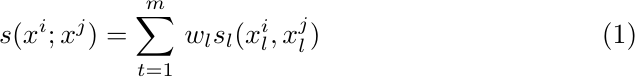
\begin{equation}\label{eq:1}
s(x^i; x^j) = \sum_{t=1}^{m}\,w_{l}s_{l}(x_{l}^i, x_{l}^j)
\end{equation}